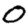
Digit: 0